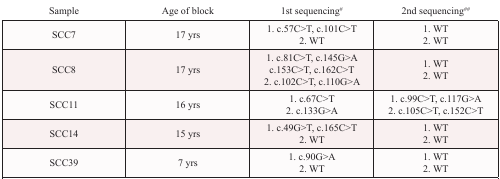
| Sample | Age of block | 1st sequencing# | 2nd sequencing## |
 | --- | --- | --- | --- |
 | SCC7 | 17 yrs | 1. c.57C>T, c.101C>T2. WT | 1. WT2. WT |
 | SCC8 | 17 yrs | 1. c.81C>T, c.145G>Ac.153C>T, c.162C>T2. c.102C>T, c.110G>A | 1. WT2. WT |
 | SCC11 | 16 yrs | 1. c.67C>T2. c.133G>A | 1. c.99C>T, c.117G>A2. c.105C>T, c.152C>T |
 | SCC14 | 15 yrs | 1. c.49G>T, c.165C>T2. WT | 1. WT2. WT |
 | SCC39 | 7 yrs | 1. c.90G>A2. WT | 1. WT2. WT |